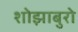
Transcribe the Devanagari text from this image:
शोझाबुरो